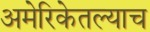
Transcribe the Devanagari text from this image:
अमेरिकेतल्याच